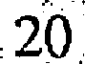
20